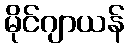
မိုင်ဂျာယန်